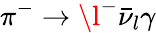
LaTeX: \pi^{-}\rightarrow\l^{-}\bar{\nu}_{l}\gamma